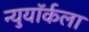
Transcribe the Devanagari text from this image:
न्युयॉर्कला